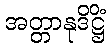
အတ္တာနုဒိဋ္ဌိံ